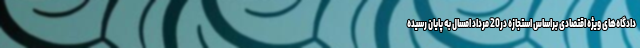
دادگاه‌های ویژه اقتصادی براساس استجازه در20 مرداد امسال به پایان رسیده